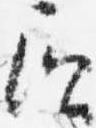
負